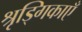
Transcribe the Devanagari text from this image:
श्रृड्गिकाएँ